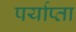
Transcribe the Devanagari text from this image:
पर्याप्ता